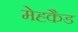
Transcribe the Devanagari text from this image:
मेह्कैड